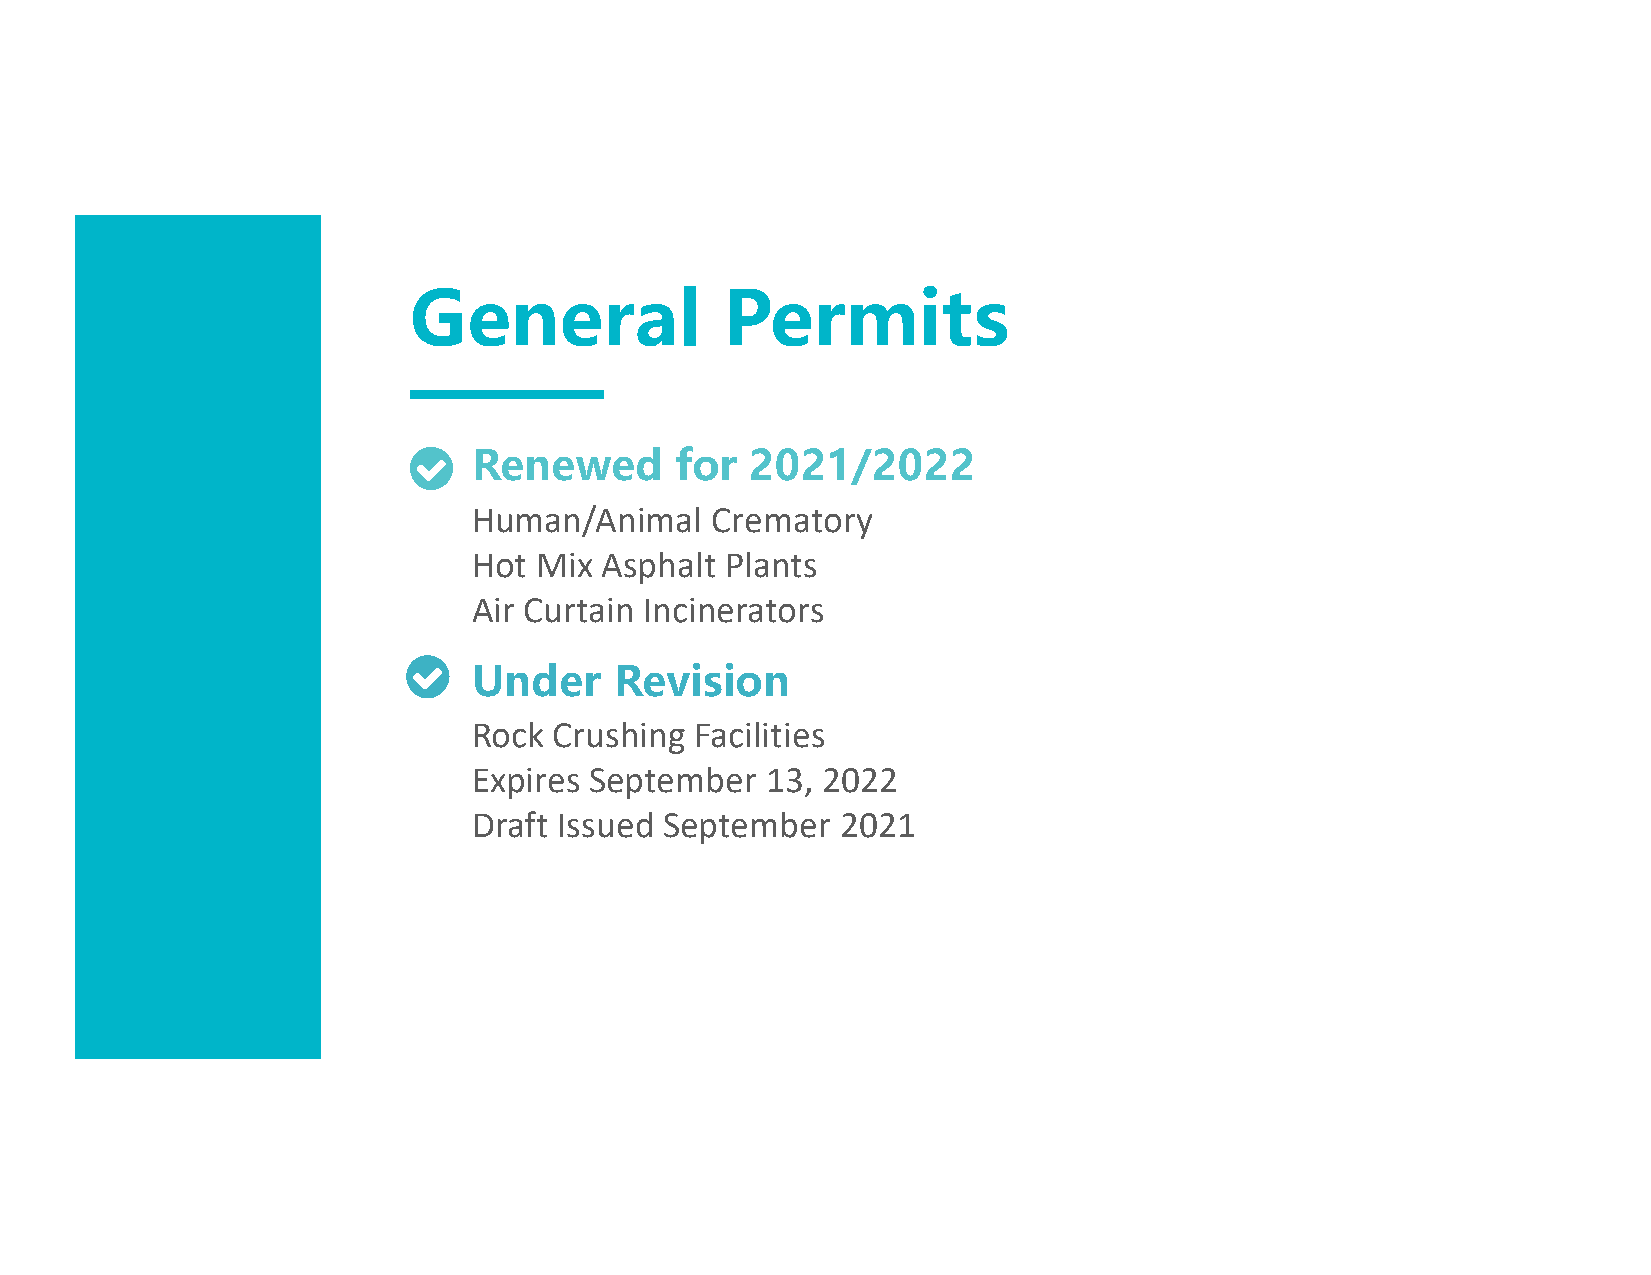
General              Permits
 Renewed       for  2021/2022
 Human/Animal    Crematory
 Hot  Mix Asphalt Plants
 Air Curtain Incinerators
 Under     Revision
 Rock  Crushing Facilities
 Expires September   13, 2022
 Draft Issued September   2021